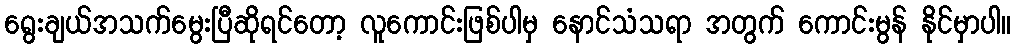
ရွေးချယ်အသက်မွေးပြီဆိုရင်တော့ လူကောင်းဖြစ်ပါမှ နောင်သံသရာ အတွက် ကောင်းမွန် နိုင်မှာပါ။